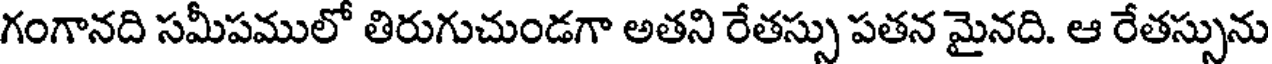
గంగానది సమీపములో తిరుగుచుండగా అతని రేతస్సు పతన మైనది. ఆ రేతస్సును